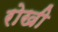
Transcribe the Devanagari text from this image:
रोखी